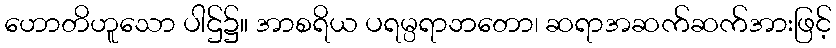
ဟောတိဟူသော ပါဌ်၌။ အာစရိယ ပရမ္ပရာဘတော၊ ဆရာအဆက်ဆက်အားဖြင့်